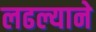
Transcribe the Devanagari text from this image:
लढल्याने